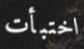
اختبأت